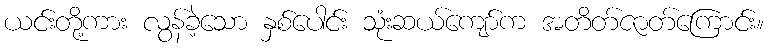
ယင်းတို့ကား လွန်ခဲ့သော နှစ်ပေါင်း သုံးဆယ်ကျော်က အတိတ်ဇာတ်ကြောင်း။